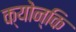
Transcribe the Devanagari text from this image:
क्योन्कि